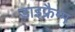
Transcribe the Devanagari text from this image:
डाइफ्रैग्म